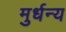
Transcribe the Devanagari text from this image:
मुर्धन्य